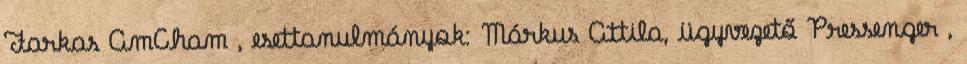
Farkas AmCham , esettanulmányok: Márkus Attila, ügyvezető Pressenger ,